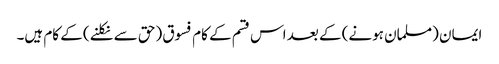
ایمان (مسلمان ہونے) کے بعد اس قسم کے کام فسوق (حق سے نکلنے) کے کام ہیں۔